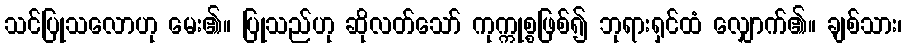
သင်ပြုသလောဟု မေး၏။ ပြုသည်ဟု ဆိုလတ်သော် ကုက္ကုစ္စဖြစ်၍ ဘုရားရှင်ထံ လျှောက်၏။ ချစ်သား၊